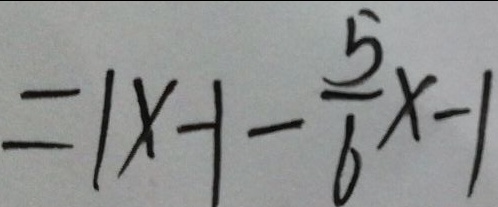
= 1 x - 1 - \frac { 5 } { 6 } x - 1